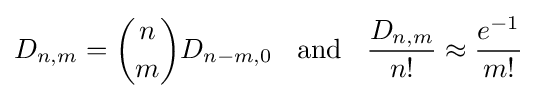
D_{n,m}={n \choose m}D_{n-m,0}\;\;{\mbox{ and }}\;\;{\frac {D_{n,m}}{n!}}\approx {\frac {e^{-1}}{m!}}